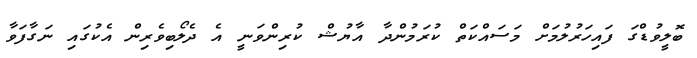
ބޮލީވުޑްގަ ފައިހަރުލުމަށް މަސައްކަތް ކުރަމުންދާ އާޔުޝް ކުރިންވަނީ އެ ދެލޯބިވެރިން އެކުގައި ނަގާފަވާ